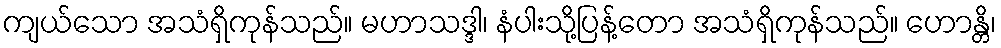
ကျယ်သော အသံရှိကုန်သည်။ မဟာသဒ္ဒါ၊ နံပါးသို့ပြန့်တော အသံရှိကုန်သည်။ ဟောန္တိ၊